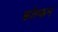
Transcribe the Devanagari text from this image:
फ़ॉल्कन